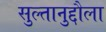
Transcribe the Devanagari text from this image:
सुल्तानुद्दौला